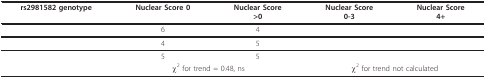
<table><thead><tr><td><b>rs2981582 genotype</b></td><td><b>Nuclear Score 0</b></td><td><b>Nuclear Score&gt;0</b></td><td><b>Nuclear Score0-3</b></td><td><b>Nuclear Score4+</b></td></tr></thead><tbody><tr><td>[EMPTY_CELL]</td><td>6</td><td>4</td><td>[EMPTY_CELL]</td><td>[EMPTY_CELL]</td></tr><tr><td>[EMPTY_CELL]</td><td>4</td><td>5</td><td>[EMPTY_CELL]</td><td>[EMPTY_CELL]</td></tr><tr><td>[EMPTY_CELL]</td><td>5</td><td>5</td><td>[EMPTY_CELL]</td><td>[EMPTY_CELL]</td></tr><tr><td>[EMPTY_CELL]</td><td colspan="2">χ<sup>2 </sup>for trend = 0.48, ns</td><td colspan="2">χ<sup>2 </sup>for trend not calculated</td></tr></tbody></table>